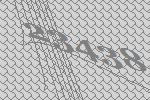
23438